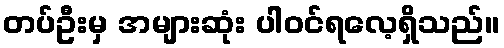
တပ်ဦးမှ အများဆုံး ပါဝင်ရလေ့ရှိသည်။